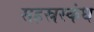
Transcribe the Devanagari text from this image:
सहस्रस्कंध